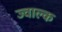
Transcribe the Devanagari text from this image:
ज्वाल्क